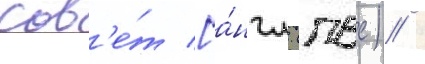
сов'е́т [а́нгл. (пвс) /